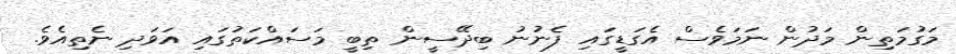
މަގުމަތިން މަދުން ނަމަވެސް އެގަޑީގައި ފެނުނު ބިދޭސީން ތިބީ މަސައްކަތުގައި އަވަދި ނެތިއެވެ.